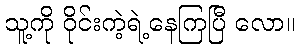
သူ့ကို ဝိုင်းကဲ့ရဲ့နေကြပြီ လော။